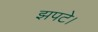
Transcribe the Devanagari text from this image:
झपटे।